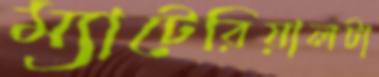
ম্যাটেরিয়ালটা